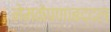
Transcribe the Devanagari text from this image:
नेमकेपणाबद्दल